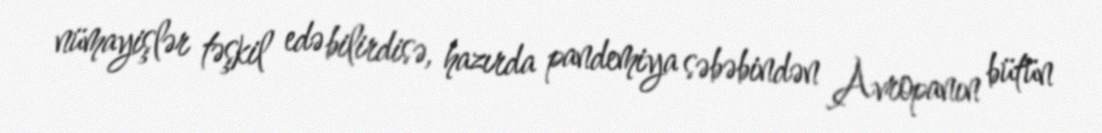
nümayişlər təşkil edə bilirdisə, hazırda pandemiya səbəbindən Avropanın bütün